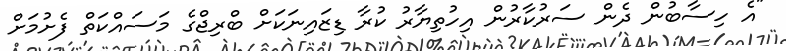
"އެ ހިސާބުން ދެން ސަރުކާރުން އިހުތިޔާރު ކުރާ ޑިޒައިނަކަށް ބްރިޖްގެ މަސައްކަތް ފެށުމަށް